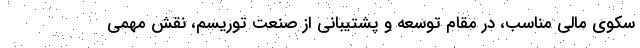
سکوی مالی مناسب، در مقام توسعه و پشتیبانی از صنعت توریسم، نقش مهمی